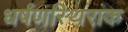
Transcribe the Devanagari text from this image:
धर्षणस्थिरांक